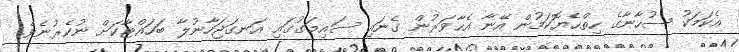
އެކަމަކު ސުހާނާގެ ހިތްހެޔޮކަމުން އޭނާ އެހާވަރުން ގެނައި ސައިމަގުގައި އަނގަޖަހާނުލާ ބަހައްޓާކަށް ނުކެރުނެވެ.